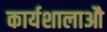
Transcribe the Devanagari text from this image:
कार्यशालाऔ